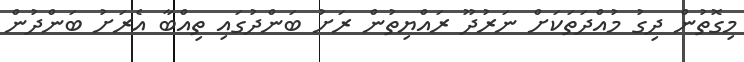
މިގޮތުން ދިގު މުއްދަތަކަށް ނަރުދޫ ރައްޔިތުން ރަށު ބަންދުގައި ތިއްބާ އެރަށު ބަންދުން